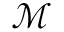
\mathcal { M }